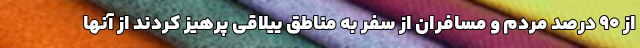
از ۹۰ درصد مردم و مسافران از سفر به مناطق ییلاقی پرهیز کردند از آنها